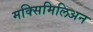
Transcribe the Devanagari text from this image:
मक्सिमिलिअन